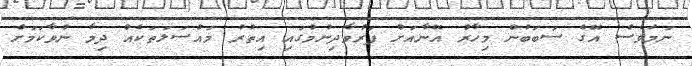
ނަމަވެސް އޭގެ ސަބަބުން މިހާރު އޭނާއަށް ފަރުވާދިނުމުގައި އިތުރު މައްސަލަތަކެއް ދިމާ ނުވާކަމަށް